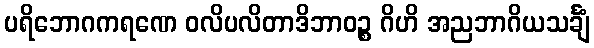
ပရိဘောဂကရဏေ ဝလိပလိတာဒိဘာဝဉ္စ ဂိဟိ အညဘာဂိယသင်္ချံ